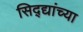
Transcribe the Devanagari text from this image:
सिद्द्यांच्या